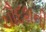
ચૌદશની